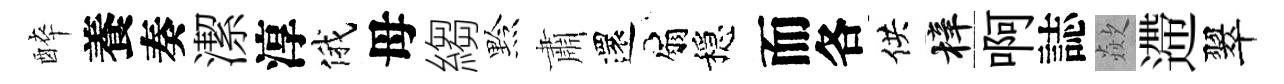
醉養奏潔淳俄母縐黔肅還扇穩而各供梓啊誌歘遰翠